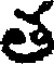
త